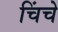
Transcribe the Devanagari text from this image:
चिंचे